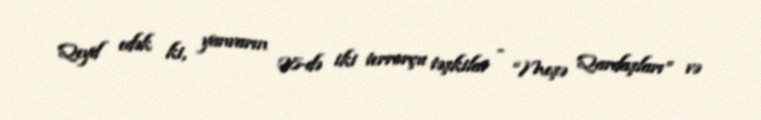
Qeyd edək ki, yanvarın 28-də iki terrorçu təşkilat - “Meşə Qardaşları” və